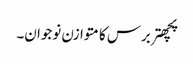
پچھتربرس کا متوازن نوجوان۔